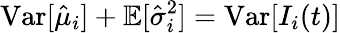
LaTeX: \mathrm{Var}[\hat{\mu}_{i}]+\mathbb{E}[\hat{\sigma}_{i}^{2}]=\mathrm{Var}[I_{i}(t)]